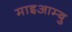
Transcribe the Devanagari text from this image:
माइआम्बु